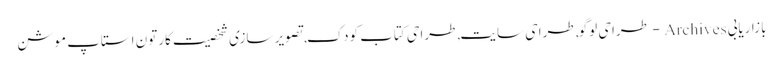
بازاریابی Archives - طراحی لوگو,طراحی سایت,طراحی کتاب کودک,تصویر سازی شخصیت کارتون استاپ موشن